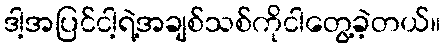
ဒါ့အပြင်ငါ့ရဲ့အချစ်သစ်ကိုငါတွေ့ခဲ့တယ်။